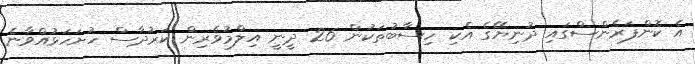
އެ ކޮންފަރެންސްގައި ދުނިޔޭގެ އެކި ހިސާބުތަކުން 26 ދީނީ އިލްމުވެރިން ކަރުދާސް ހުށަހަޅުއްވާނެ